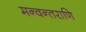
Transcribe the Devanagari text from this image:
मन्वन्तराणि